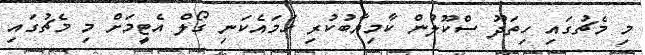
މި މެޗުގައި ހިތަދޫ ސްކޫލުން ކާމިޔާބުކުރި ހަމައެކަނި ގޯލް އެޓީމަށް މި މެޗުގައި